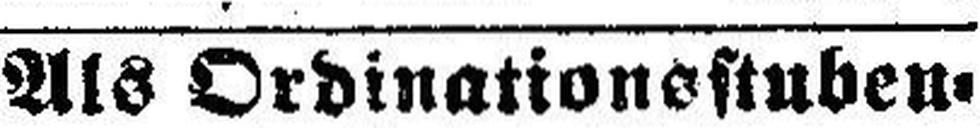
Als Ordinationsstuben¬